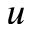
u